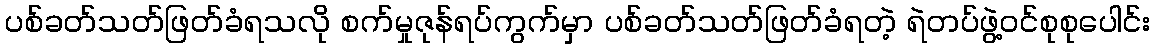
ပစ်ခတ်သတ်ဖြတ်ခံရသလို စက်မှုဇုန်ရပ်ကွက်မှာ ပစ်ခတ်သတ်ဖြတ်ခံရတဲ့ ရဲတပ်ဖွဲ့ဝင်စုစုပေါင်း